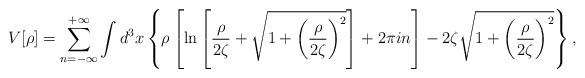
\begin{align*}V[\rho]=\sum\limits_{n=-\infty}^{+\infty}\int d^3x\left\{\rho\left[\ln\left[\frac{\rho}{2\zeta}+\sqrt{1+\left(\frac{\rho}{2\zeta}\right)^2}\right]+2\pi in\right]- 2\zeta\sqrt{1+\left(\frac{\rho}{2\zeta}\right)^2}\right\},\end{align*}